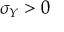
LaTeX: \sigma _ { Y } > 0